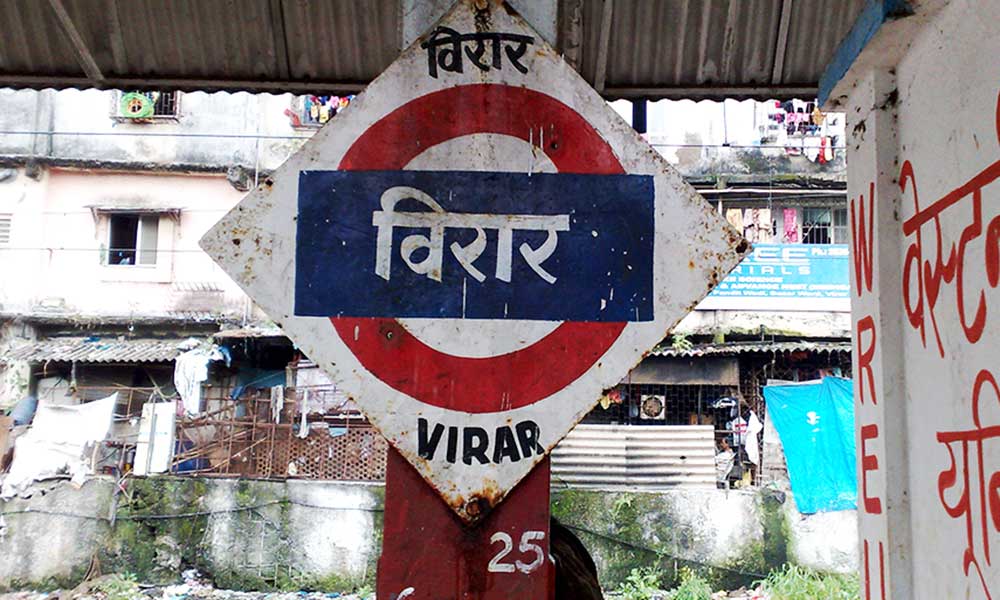
Language: marathi
Transcription: विरार